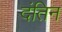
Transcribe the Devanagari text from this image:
दंतिन